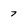
Character: 7